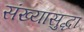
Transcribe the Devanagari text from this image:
संख्यासुद्धा